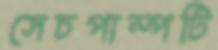
সেচপাম্পটি